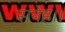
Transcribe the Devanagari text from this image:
सनेह।।